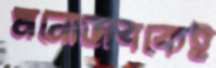
মনোভাবকেই